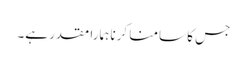
جس کا سامنا کرنا ہمارا مقدر ہے۔